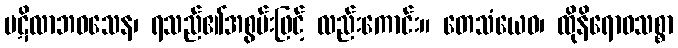
ပဋိလာဘဝသေန၊ ရသည်၏အစွမ်းဖြင့် လည်းကောင်း။ တေသံယေဝ၊ ထိုနိရောဓသစ္စာ